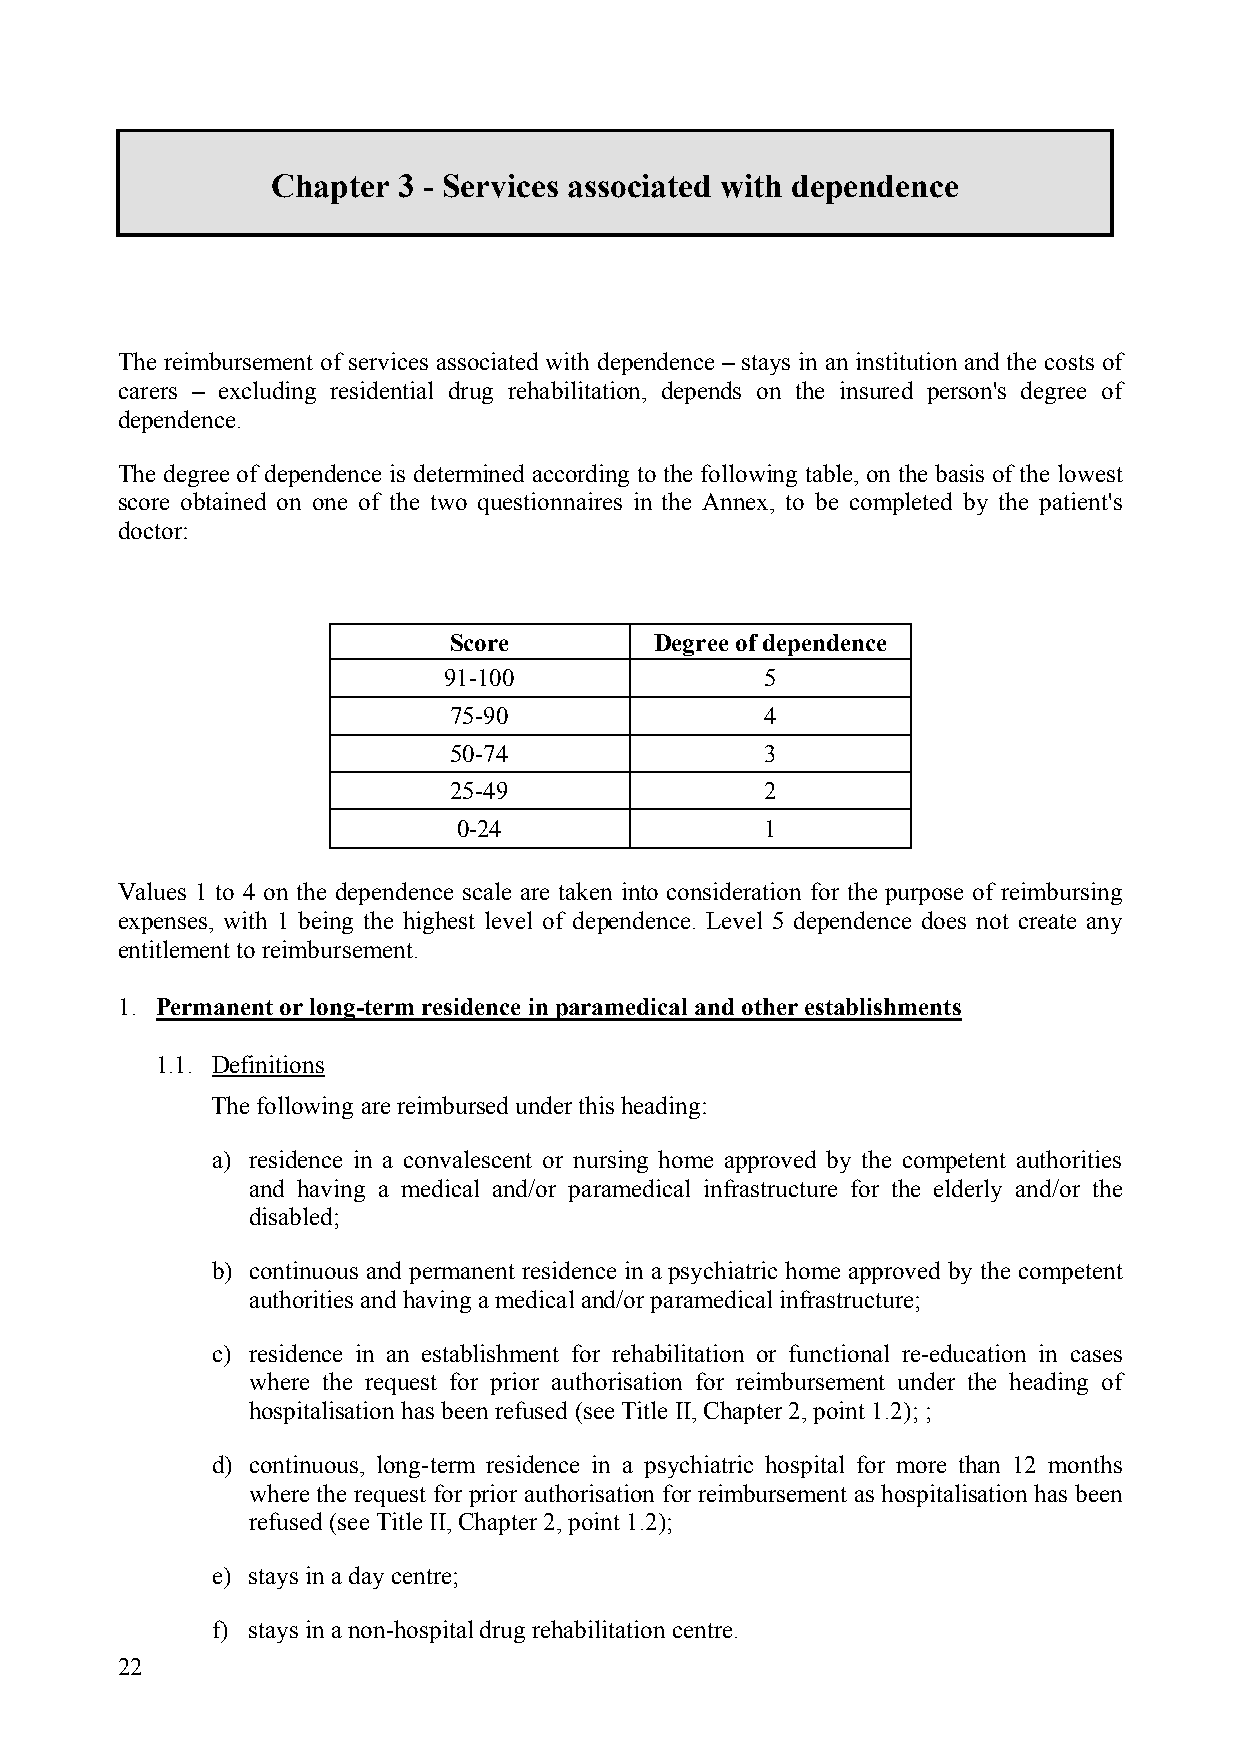
Chapter 3 - Services associated with dependence
 The reimbursement of services associated with dependence – stays in an institution and the costs of
 carers – excluding residential drug rehabilitation, depends on the insured person's degree of
 dependence.
 The degree of dependence is determined according to the following table, on the basis of the lowest
 score obtained on one of the two questionnaires in the Annex, to be completed by the patient's
 doctor:
 Score        Degree of dependence
 91-100                5
 75-90                4
 50-74                3
 25-49                2
 0-24                 1
 Values 1 to 4 on the dependence scale are taken into consideration for the purpose of reimbursing
 expenses, with 1 being the highest level of dependence. Level 5 dependence does not create any
 entitlement to reimbursement.
 1. Permanent or long-term residence in paramedical and other establishments
 1.1. Definitions
 The following are reimbursed under this heading:
 a) residence in a convalescent or nursing home approved by the competent authorities
 and having a medical and/or paramedical infrastructure for the elderly and/or the
 disabled;
 b) continuous and permanent residence in a psychiatric home approved by the competent
 authorities and having a medical and/or paramedical infrastructure;
 c) residence in an establishment for rehabilitation or functional re-education in cases
 where the request for prior authorisation for reimbursement under the heading of
 hospitalisation has been refused (see Title II, Chapter 2, point 1.2); ;
 d) continuous, long-term residence in a psychiatric hospital for more than 12 months
 where the request for prior authorisation for reimbursement as hospitalisation has been
 refused (see Title II, Chapter 2, point 1.2);
 e) stays in a day centre;
 f) stays in a non-hospital drug rehabilitation centre.
 22